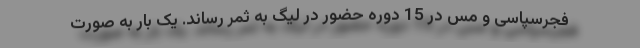
فجرسپاسی و مس در 15 دوره حضور در لیگ به ثمر رساند. یک بار به صورت